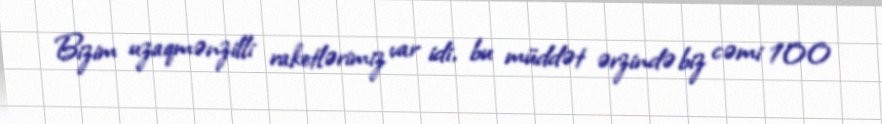
Bizim uzaqmənzilli raketlərimiz var idi, bu müddət ərzində biz cəmi 100